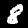
Digit: 8